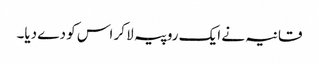
قانیہ نے ایک روپیہ لا کر اس کو دے دیا۔